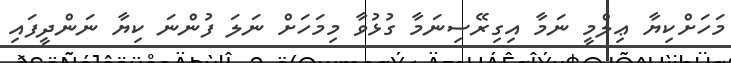
މަހަށްކިޔާ ޢިލްމީ ނަމާ އިގިރޭސިނަމާ ގުޅުވާ މިމަހަށް ނަލަ ފުންނަ ކިޔާ ނަންދީފައި